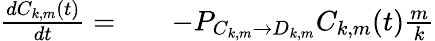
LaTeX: \begin{array}{rlr}{\frac{dC_{k,m}(t)}{dt}=}&{{}}&{-P_{C_{k,m}\rightarrow D_{k,m}}C_{k,m}(t)\frac{m}{k}}\end{array}